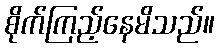
စိုက်ကြည့်နေမိသည်။